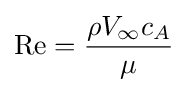
{\mathord {\text{Re}}}={\frac {\rho V_{\infty }c_{A}}{\mu }}